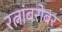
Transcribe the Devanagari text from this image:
रत्नांबरोबर